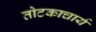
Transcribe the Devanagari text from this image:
तोटकाचार्य